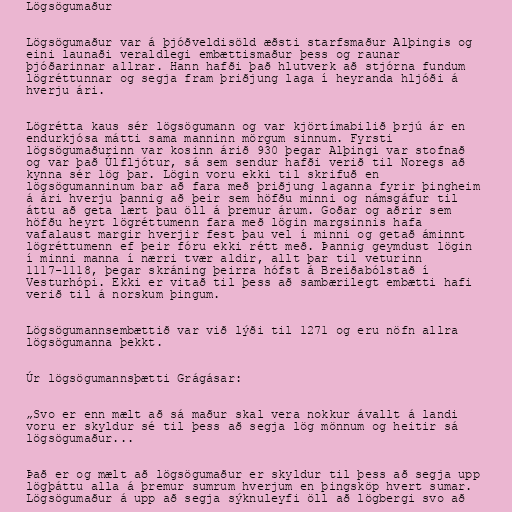
Lögsögumaður

Lögsögumaður var á þjóðveldisöld æðsti starfsmaður Alþingis og
eini launaði veraldlegi embættismaður þess og raunar
þjóðarinnar allrar. Hann hafði það hlutverk að stjórna fundum
lögréttunnar og segja fram þriðjung laga í heyranda hljóði á
hverju ári.

Lögrétta kaus sér lögsögumann og var kjörtímabilið þrjú ár en
endurkjósa mátti sama manninn mörgum sinnum. Fyrsti
lögsögumaðurinn var kosinn árið 930 þegar Alþingi var stofnað
og var það Úlfljótur, sá sem sendur hafði verið til Noregs að
kynna sér lög þar. Lögin voru ekki til skrifuð en
lögsögumanninum bar að fara með þriðjung laganna fyrir þingheim
á ári hverju þannig að þeir sem höfðu minni og námsgáfur til
áttu að geta lært þau öll á þremur árum. Goðar og aðrir sem
höfðu heyrt lögréttumenn fara með lögin margsinnis hafa
vafalaust margir hverjir fest þau vel í minni og getað áminnt
lögréttumenn ef þeir fóru ekki rétt með. Þannig geymdust lögin
í minni manna í nærri tvær aldir, allt þar til veturinn
1117-1118, þegar skráning þeirra hófst á Breiðabólstað í
Vesturhópi. Ekki er vitað til þess að sambærilegt embætti hafi
verið til á norskum þingum.

Lögsögumannsembættið var við lýði til 1271 og eru nöfn allra
lögsögumanna þekkt.

Úr lögsögumannsþætti Grágásar:

„Svo er enn mælt að sá maður skal vera nokkur ávallt á landi
voru er skyldur sé til þess að segja lög mönnum og heitir sá
lögsögumaður...

Það er og mælt að lögsögumaður er skyldur til þess að segja upp
lögþáttu alla á þremur sumrum hverjum en þingsköp hvert sumar.
Lögsögumaður á upp að segja sýknuleyfi öll að lögbergi svo að